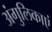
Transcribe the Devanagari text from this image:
अंगुलिकाएं